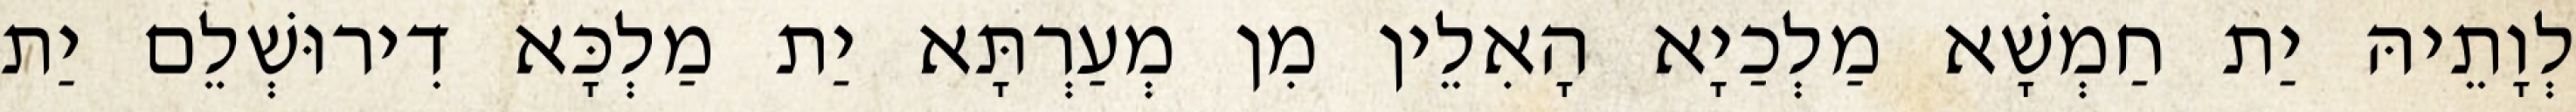
לְוָתֵיהּ יַת חַמְשָׁא מַלְכַיָא הָאִלֵין מִן מְעַרְתָּא יַת מַלְכָּא דִירוּשְׁלֵם יַת